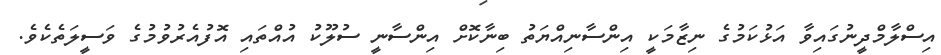
އިސްލާމްދީނުގައިވާ އަޅުކަމުގެ ނިޒާމަކީ އިންސާނިއްޔަތު ބިނާކޮށް އިންސާނީ ސުލޫކު އުއްތައި އޮފުއެރުވުމުގެ ވަސީލަތެކެވެ.